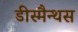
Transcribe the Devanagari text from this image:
डीस्मैन्थस